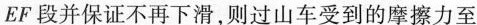
EF段并保证不再下滑，则过山车受到的摩擦力至